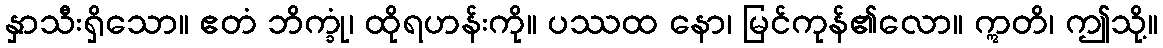
နှာသီးရှိသော။ ဧတံ ဘိက္ခုံ၊ ထိုရဟန်းကို။ ပဿထ နော၊ မြင်ကုန်၏လော။ ဣတိ၊ ဤသို့။